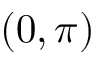
( 0 , \pi )